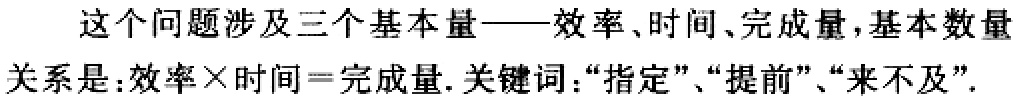
这个问题涉及三个基本量——效率、时间、完成量，基本数量关系是：效率×时间=完成量. 关键词：“指定”、“提前”、“来不及”.